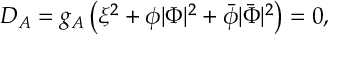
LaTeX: D _ { A } = g _ { A } \left( \xi ^ { 2 } + \phi | \Phi | ^ { 2 } + \bar { \phi } | \bar { \Phi } | ^ { 2 } \right) = 0 ,